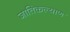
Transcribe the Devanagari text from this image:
जातिकल्याण